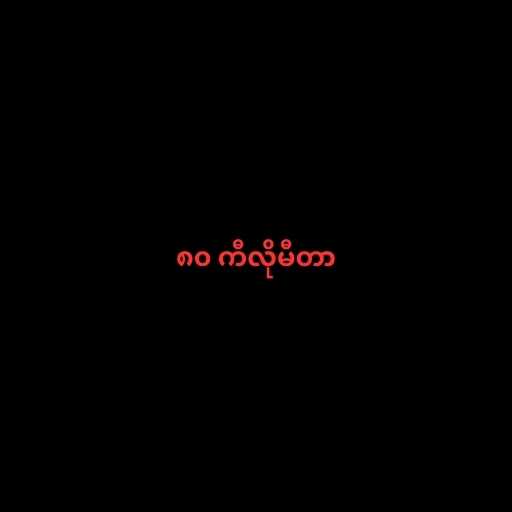
၈၀ ကီလိုမီတာ